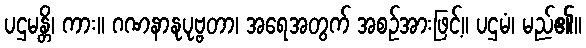
ပဌမန္တိ၊ ကား။ ဂဏနာနုပုဗ္ဗတာ၊ အရေအတွက် အစဉ်အားဖြင့်။ ပဌမံ၊ မည်၏။